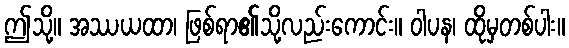
ဤသို့။ အဿယထာ၊ ဖြစ်ရာ၏သို့လည်းကောင်း။ ဝါပန၊ ထိုမှတစ်ပါး။